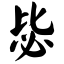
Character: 毖